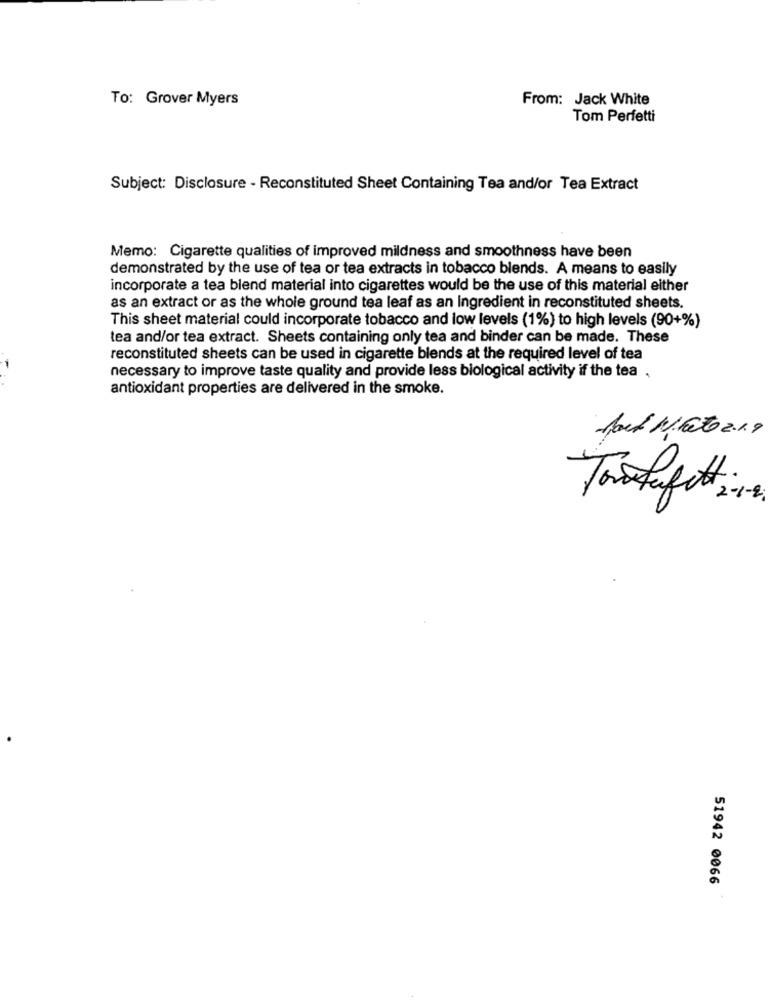
To: Grover Myers
From: Jack White
Tom Perfetti
Subject: Disclosure - Reconstituted Sheet Containing Tea and/or Tea Extract
Memo: Cigarette qualities of improved mildness and smoothness have been
demonstrated by the use of tea or tea extracts in tobacco blends. A means to easily
incorporate a tea blend material into cigarettes would be the use of this material either
as an extract or as the whole ground tea leaf as an Ingredient in reconstituted sheets.
This sheet material could incorporate tobacco and low levels (1%) to high levels (90+%)
tea and/or tea extract. Sheets containing only tea and binder can be made. These
reconstituted sheets can be used in cigarette blends at the required level of tea
-
necessary to improve taste quality and provide less biological activity if the tea ,
antioxidant properties are delivered in the smoke.
Jack Nato 2.19
2 - 1 - 2
51942 0066